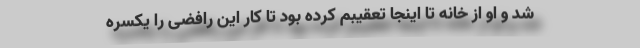
شد و او از خانه تا اینجا تعقیبم کرده بود تا کار این رافضی را یکسره